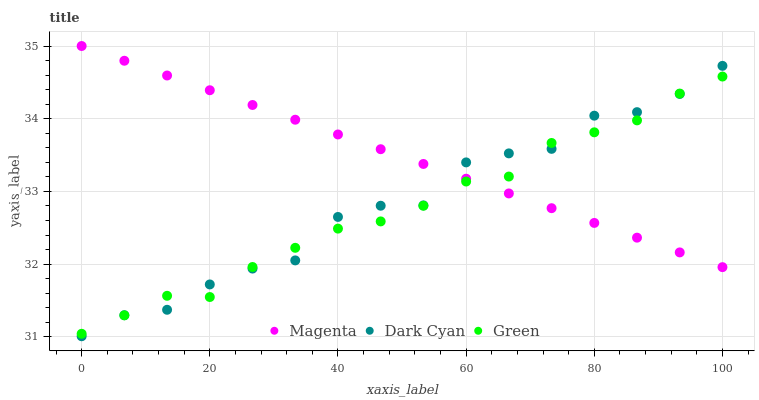
| xaxis_label | Magenta | Dark Cyan | Green |
 | --- | --- | --- | --- |
 | 0 | 35 | 31 | 31 |
 | 6.67 | 34.8 | 31.3 | 31.3 |
 | 13.3 | 34.6 | 31.4 | 31.6 |
 | 20 | 34.4 | 31.7 | 31.5 |
 | 26.7 | 34.2 | 31.9 | 32 |
 | 33.3 | 34 | 32.1 | 32.2 |
 | 40 | 33.8 | 32.6 | 32.5 |
 | 46.7 | 33.6 | 32.8 | 32.6 |
 | 53.3 | 33.4 | 32.8 | 32.8 |
 | 60 | 33.2 | 33.4 | 33.1 |
 | 66.7 | 33 | 33.5 | 33.2 |
 | 73.3 | 32.8 | 33.6 | 33.7 |
 | 80 | 32.6 | 34 | 33.8 |
 | 86.7 | 32.4 | 34.1 | 34 |
 | 93.3 | 32.2 | 34.3 | 34.3 |
 | 100 | 32 | 34.7 | 34.6 |